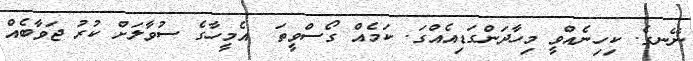
ނޭނގެ. ކިހިނެއްވީ މިހާދަންގަޑިއެއްގަ. ކަމެއް ގޯސްވީތަ  އެމީހާގެ ސުވާލަށް ކުރު ޖަވާބެއް